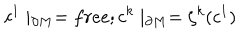
LaTeX: c ^ { 1 } \mid _ { \partial M } = f r e e ; c ^ { k } \mid _ { \partial M } = \zeta ^ { k } ( c ^ { 1 } )